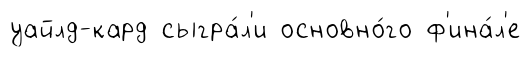
уайлд-кард сыгра́л'и основно́го ф'ина́л'е